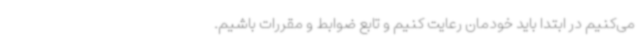
می‌کنیم در ابتدا باید خودمان رعایت کنیم و تابع ضوابط و مقررات باشیم.